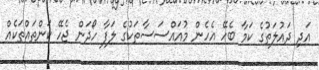
އަދި ދައުލަތުގެ ކަމާ ބެހޭ އެހެން މުއައްސަސާތަކުގެ ލަފާ ހޯދަން ޖެހޭ ކަންތައްތަކެއް